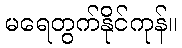
မရေတွက်နိုင်ကုန်။